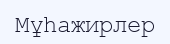
Мұһажирлер